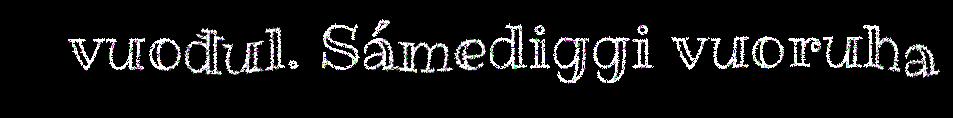
vuođul. Sámediggi vuoruha